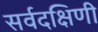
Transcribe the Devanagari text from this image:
सर्वदक्षिणी